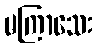
မကြာသေး